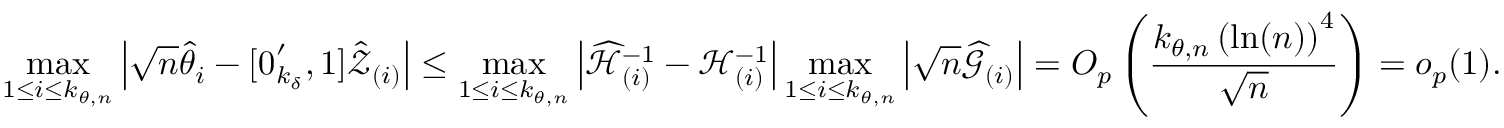
\operatorname* { m a x } _ { 1 \leq i \leq k _ { \theta , n } } \left\vert \sqrt { n } \hat { \theta } _ { i } - [ \boldsymbol { 0 } _ { k _ { \delta } } ^ { \prime } , 1 ] \mathcal { \hat { Z } } _ { ( i ) } \right\vert \leq \operatorname* { m a x } _ { 1 \leq i \leq k _ { \theta , n } } \left\vert \widehat { \mathcal { H } } _ { ( i ) } ^ { - 1 } - \mathcal { H } _ { ( i ) } ^ { - 1 } \right\vert \operatorname* { m a x } _ { 1 \leq i \leq k _ { \theta , n } } \left\vert \sqrt { n } \widehat { \mathcal { G } } _ { ( i ) } \right\vert = O _ { p } \left( \frac { k _ { \theta , n } \left( \ln ( n ) \right) ^ { 4 } } { \sqrt { n } } \right) = o _ { p } ( 1 ) .